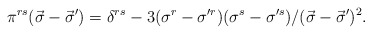
\begin{align*}\pi^{rs}(\vec{\sigma}-\vec{\sigma}')=\delta^{rs}-3(\sigma^{r}-\sigma'^{r})(\sigma^{s}-\sigma'^{s})/(\vec{\sigma}-\vec{\sigma}')^{2}.\end{align*}